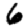
Digit: 6